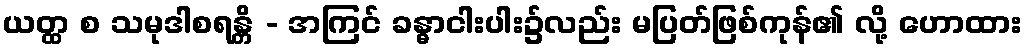
ယတ္ထ စ သမုဒါစရန္တိ - အကြင် ခန္ဓာငါးပါး၌လည်း မပြတ်ဖြစ်ကုန်၏ လို့ ဟောထား